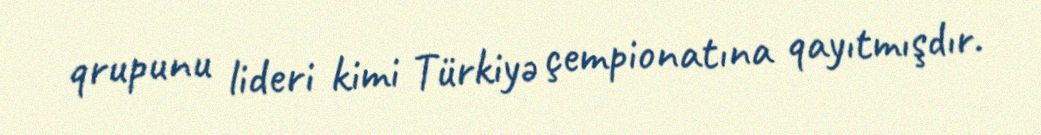
qrupunu lideri kimi Türkiyə çempionatına qayıtmışdır.